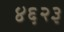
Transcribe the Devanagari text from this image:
४६२३